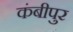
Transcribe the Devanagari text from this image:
कंबीपुर